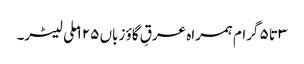
۳ تا ۵ گرام ہمراہ عرقِ گاؤ زباں ۱۲۵ ملی لیٹر۔